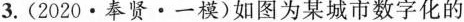
3.(2020·奉贤·一模)如图为某城市数字化的